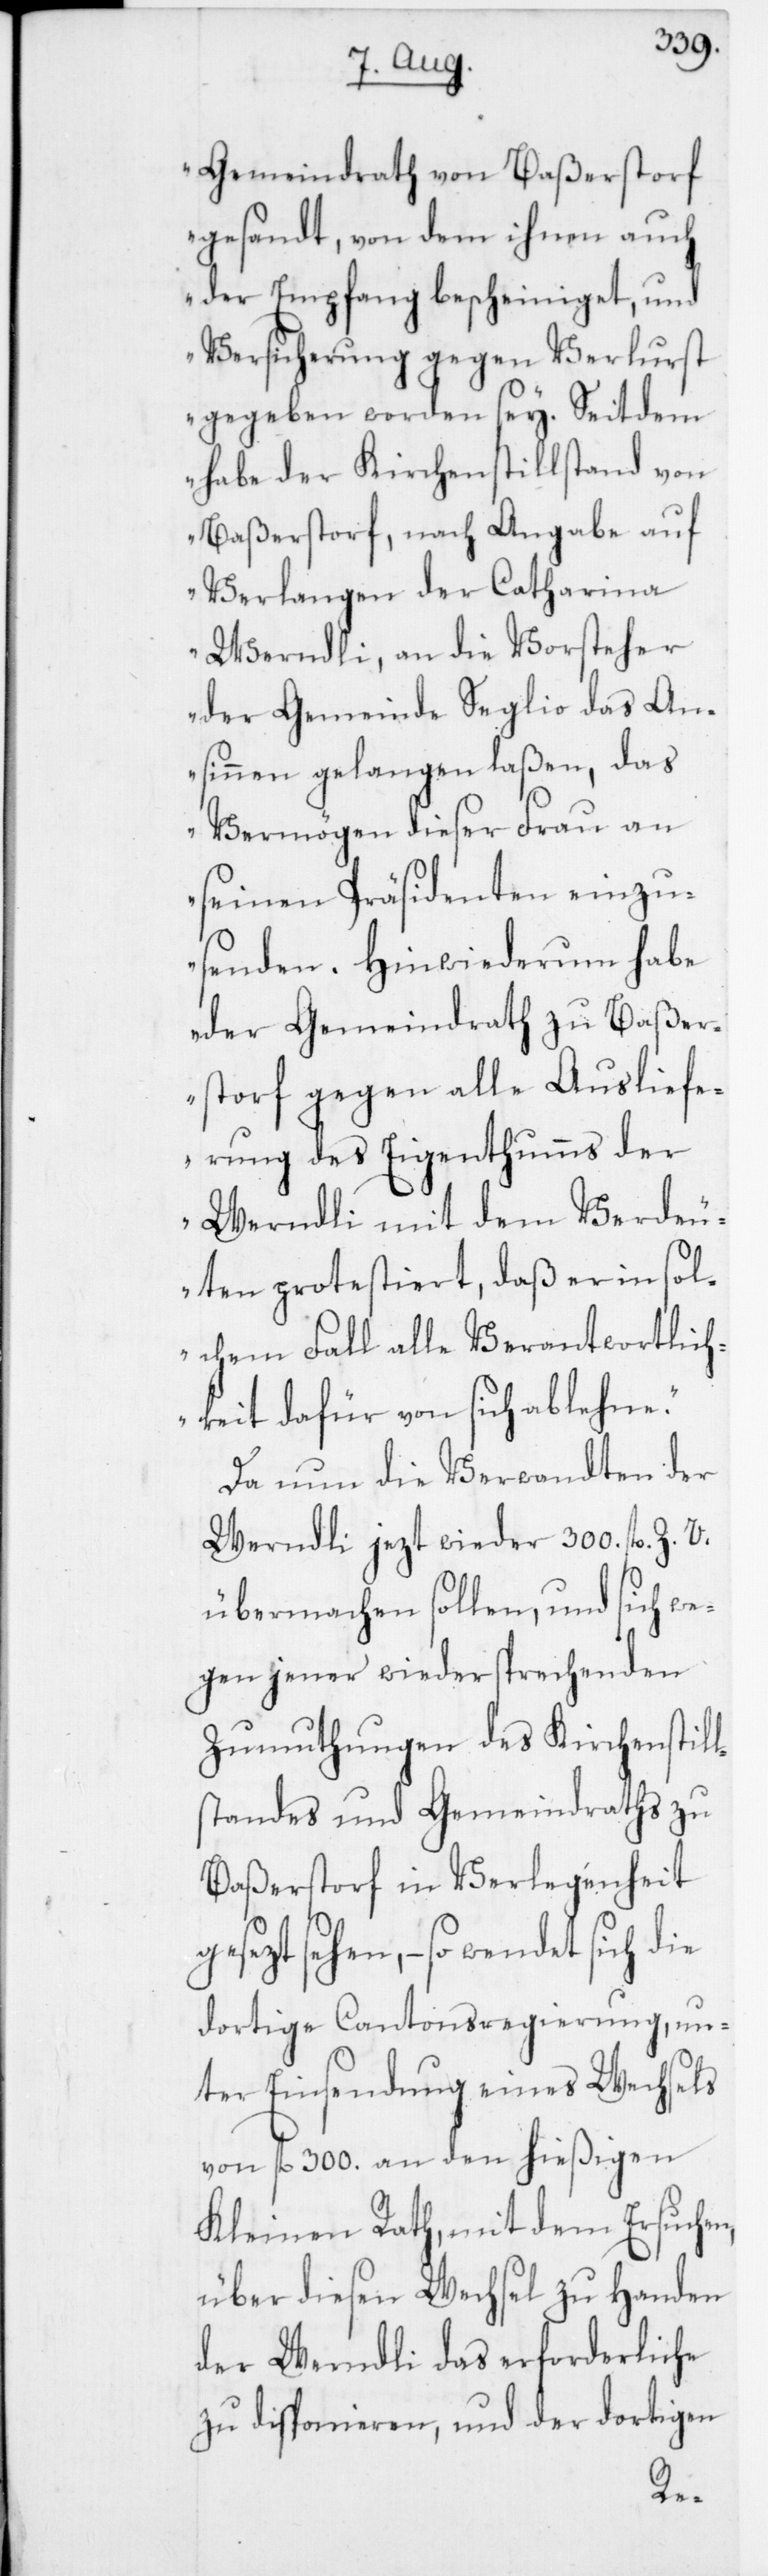
n,
Gemeindrath von Baßerstorf
gesandt, von dem ihnen auch
der Empfang bescheiniget, und
Versicherung gegen Verlurst
gegeben worden sey. Seitdem
habe der Kirchenstillstand von
Baßerstorf, nach Angabe auf
Verlangen der Catharina
Werndli, an die Vorsteher
der Gemeinde Seglio das An¬
sinnen gelangen laßen, das
Vermögen dieser Frau an
seinen Präsidenten einzu¬
senden. Hinwiederum habe
der Gemeindrath zu Baßer¬
storf gegen alle Auslief¬
erung des Eigenthumms der
Werndli mit dem Verdeu¬
ten protestiert, daß er in sol¬
chem Fall alle Verantwortlich¬
keit dafür von sich ablehne.“
Da nun die Verwandten der
Werndli jezt wieder 300. fl. Z. V.
übermachen sollen, und sich we¬
gen jener wiedersprechenden
Zumuthungen des Kirchensti¬
standes und Gemeindraths zu
Baßerstorf in Verlegenheit
sehen, – so wendet sich die
dortige Cantonsregierung, un¬
ter Einsendung eines Wechsels
von fl. 300. an den hießigen
Kleinen Rath, mit dem Ersuche¬
über diesen Wechsel zu Handen
der Werndli das Erforderliche
zu disponieren, und der dortigen